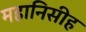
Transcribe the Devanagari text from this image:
महानिसीह